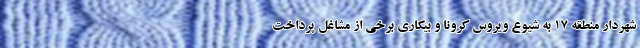
شهردار منطقه 17 به شیوع ویروس کرونا و بیکاری برخی از مشاغل پرداخت